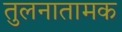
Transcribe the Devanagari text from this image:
तुलनातामक